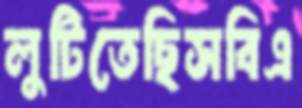
লুটিতেছিসবিএ